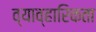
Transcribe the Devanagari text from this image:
व्याव्हारिकता